Vaccine operations Central Provinces 1868-1885 - 1868-1885
Year: 1868
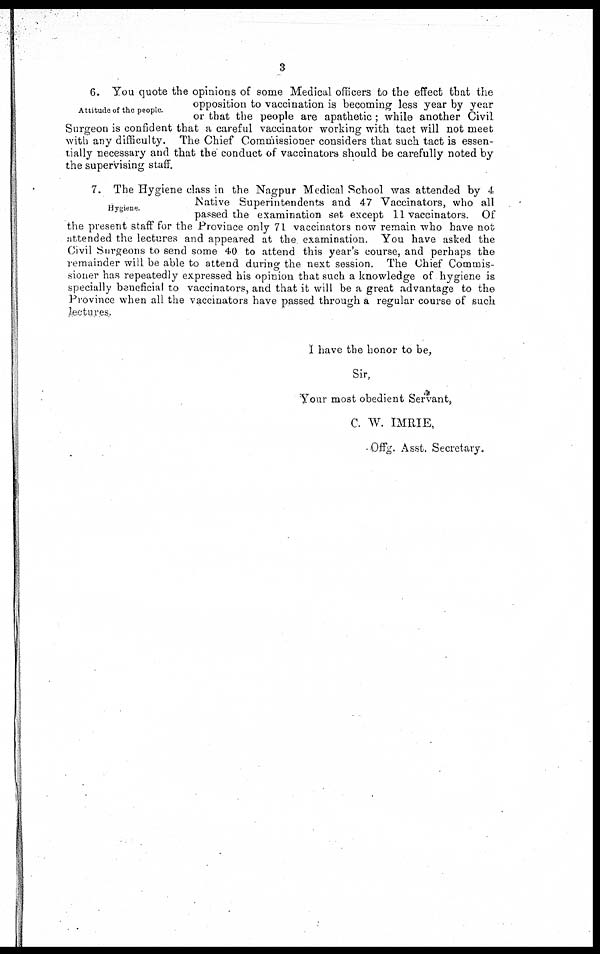
3
Attitude of the people.
6. You quote the opinions of some Medical officers to the effect that the
opposition to vaccination is becoming less year by year
or that the people are apathetic ; while another Civil
Surgeon is confident that a careful vaccinator working with tact will not meet
with any difficulty. The Chief Commissioner considers that such tact is essen-
tially necessary and that the conduct of vaccinators should be carefully noted by
the supervising staff.
Hygiene.
7. The Hygiene class in the Nagpur Medical School was attended by 4
Native Superintendents and 47 Vaccinators, who all
passed the examination set except 11 vaccinators. Of
the present staff for the Province only 71 vaccinators now remain who have not
attended the lectures and appeared at the examination. You have asked the
Civil Surgeons to send some 40 to attend this year's course, and perhaps the
remainder will be able to attend during the next session. The Chief Commis¬
sioner has repeatedly expressed his opinion that such a knowledge of hygiene is
specially beneficial to vaccinators, and that it will be a great advantage to the
Province when all the vaccinators have passed through a regular course of such
lectures.
I have the honor to be,
Sir,
Your most obedient Servant,
C. W. IMRIE,
Offg. Asst. Secretary.